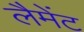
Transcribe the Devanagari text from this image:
लैमेंट